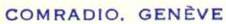
comradio.Geneve